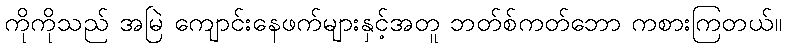
ကိုကိုသည် အမြဲ ကျောင်းနေဖက်များနှင့်အတူ ဘတ်စ်ကတ်ဘော ကစားကြတယ်။